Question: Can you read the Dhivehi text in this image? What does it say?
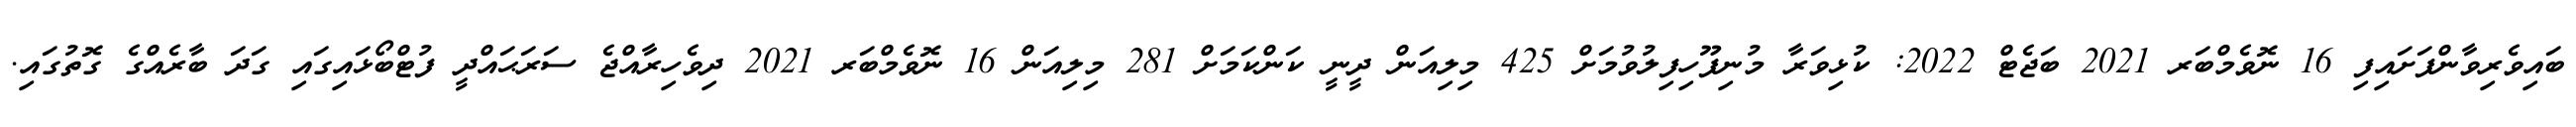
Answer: ބައިވެރިވާންފަށައިފި 16 ނޮވެމްބަރ 2021 ބަޖެޓް 2022: ކުޅިވަރާ މުނިފޫހިފިލުވުމަށް 425 މިލިއަން ދީނީ ކަންކަމަށް 281 މިލިއަން 16 ނޮވެމްބަރ 2021 ދިވެހިރާއްޖެ ސަރަޙައްދީ ފުޓްބޯޅައިގައި ގަދަ ބާރެއްގެ ގޮތުގައި.